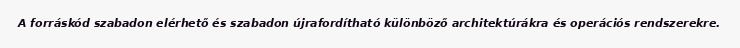
A forráskód szabadon elérhető és szabadon újrafordítható különböző architektúrákra és operációs rendszerekre.